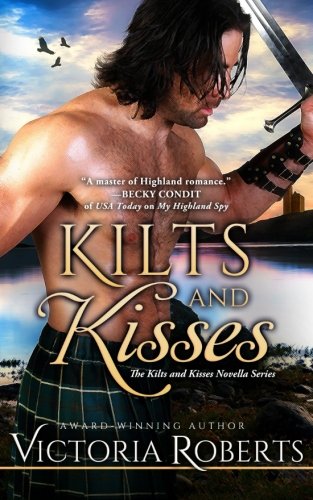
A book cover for Kilts and Kisses: A Kilts and Kisses Novella (Volume 1); Victoria Roberts; Romance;